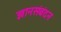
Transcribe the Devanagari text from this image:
ज्ञानसंबंदन